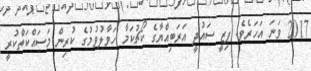
2017 ވަނަ އަހަރެވެ. ޕިޒީ ސައުދީ އަރަބިއްޔާގެ ކޯޗުކަމާ ހަވާލުވުމުގެ ކުރިން މަސައްކަތްކުރީ